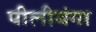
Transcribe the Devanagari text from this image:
पीलीबंगा